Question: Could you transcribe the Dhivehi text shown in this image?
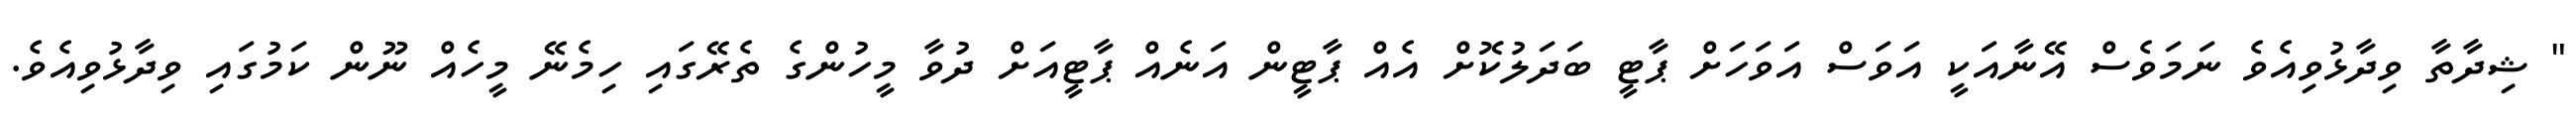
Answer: " ޝިދާތާ ވިދާޅުވިއެވެ ނަމަވެސް އޭނާއަކީ އަވަސް އަވަހަށް ޕާޓީ ބަދަލުކޮށް އެއް ޕާޓީން އަނެއް ޕާޓީއަށް ދުވާ މީހުންގެ ތެރޭގައި ހިމެނޭ މީހެއް ނޫން ކަމުގައި ވިދާޅުވިއެވެ.